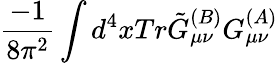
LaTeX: \frac{-1}{8\pi^{2}}\int d^{4}xTr\tilde{G}_{\mu\nu}^{(B)}G_{\mu\nu}^{(A)}